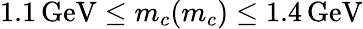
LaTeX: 1.1\, \mathrm{GeV}\le m_{c}(m_{c})\le 1.4\, \mathrm{GeV}